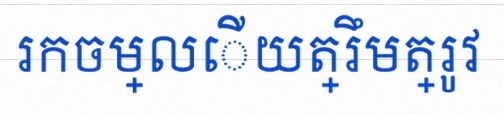
រកចម្លើយត្រឹមត្រូវ